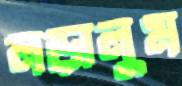
লড়ালুম